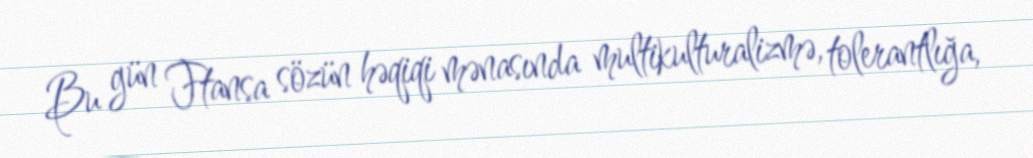
Bu gün Ftansa sözün həqiqi mənasında multikulturalizmə, tolerantlığa,